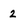
Character: 2